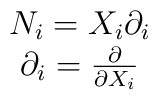
\begin{array}{c}N_{i}=X_{i}\partial_{i}\\\partial_{i}=\frac {\partial}{\partial X_{i}}\end{array}